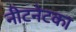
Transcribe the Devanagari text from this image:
नीटनेटका